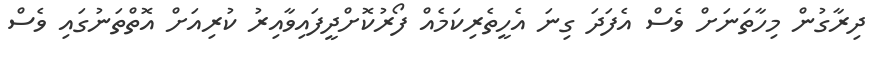
ދިރާގުން މިހާތަނަށް ވެސް އެފަދަ ގިނަ އެހީތެރިކަމެއް ފޯރުކޮށްދީފައިވާއިރު ކުރިއަށް އޮތްތަނުގައި ވެސް